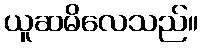
ယူဆမိလေသည်။